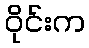
ဝိုင်းက